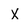
Character: X